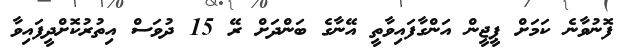
ފޮނުވާނެ ކަމަށް ޕީޖީން އަންގާފައިވާތީ އޭނާގެ ބަންދަށް ރޭ 15 ދުވަސް އިތުރުކޮށްދީފައިވާ